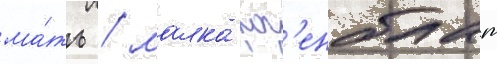
ма́ть / малка роз'енблат